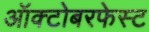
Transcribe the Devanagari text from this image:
ऑक्टोबरफेस्ट